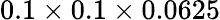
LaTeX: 0.1\times 0.1\times 0.0625